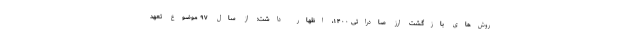
روش‌های بازگشت ارز صادراتی ۱۴۰۰، اظهار داشت: از سال ۹۷ موضوع تعهد